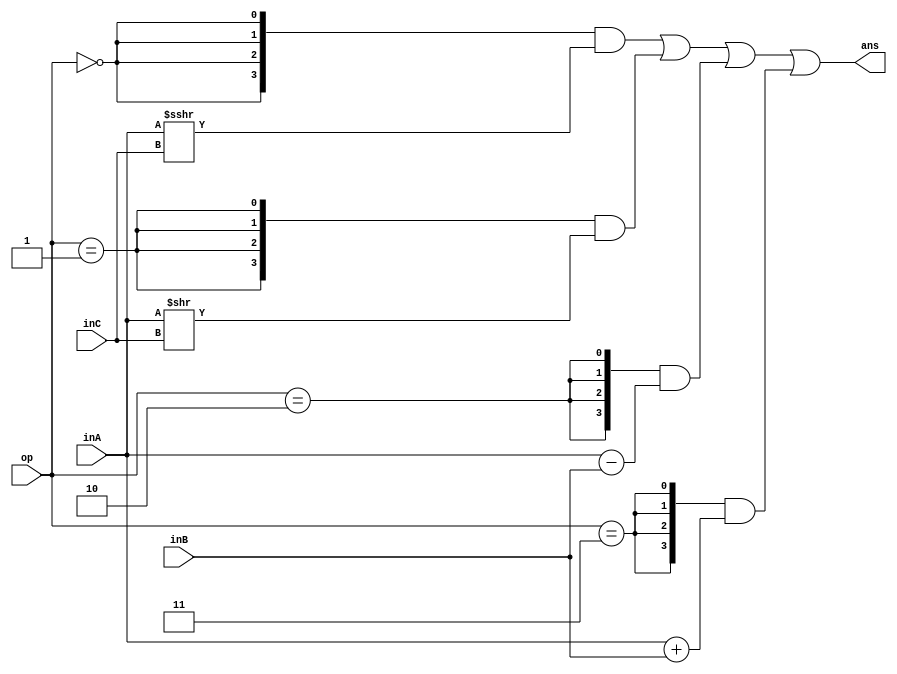
module ALU(
	input [3:0] inA,
	input [3:0] inB,
	input [1:0] inC,
	input [1:0] op,
	output [3:0] ans
);
	assign ans =
		{4{op == 2'b00}} & $signed($signed(inA) >>> inC) |
		{4{op == 2'b01}} & (inA >> inC) |
		{4{op == 2'b10}} & (inA - inB) |
		{4{op == 2'b11}} & (inA + inB);
endmodule

module ALU_test;
	reg [3:0] inA;
	reg [3:0] inB;
	reg [1:0] inC;
	reg [1:0] op;
	wire [3:0] ans;

	ALU uut(inA, inB, inC, op, ans);

	initial begin
`ifdef DUMPFILE
		$dumpfile(`DUMPFILE);
		$dumpvars(0, ALU_test);
`endif
		inA = -1;
		inC = 1;
		op = 2'b00;
		#10;
		$display("ans: %b", ans);
		$finish();
	end
endmodule